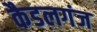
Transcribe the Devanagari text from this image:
कैडलगंज